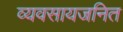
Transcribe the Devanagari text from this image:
व्यवसायजनित